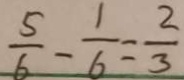
\frac { 5 } { 6 } - \frac { 1 } { 6 } = \frac { 2 } { 3 }